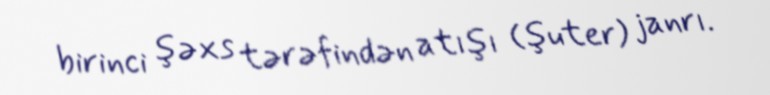
birinci şəxs tərəfindən atışı (şuter) janrı.